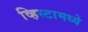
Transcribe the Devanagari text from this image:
व्हिस्टामध्ये